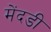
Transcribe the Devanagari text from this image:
मेंदडी